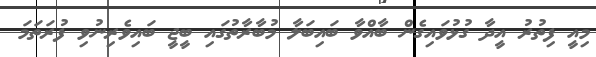
މިއީ ފިތުރު އީދާ ގުޅުވައިގެން ބާއްވާ ބައިބަލާ މުބާރާތުގައި ބީޖީ ބައިވެރިނުވި ފުރަތަމަ